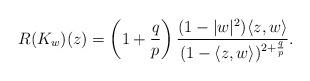
LaTeX: \begin{align*} R(K_w)(z)=\left(1+\frac{q}{p}\right)\frac{(1-|w|^2)\langle z, w\rangle}{(1-\langle z, w \rangle)^{2+\frac{q}{p}}}.\end{align*}